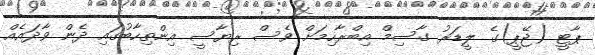
ޕާޓީ (ޖޭޕީ)ގެ ލީޑަރު ގާސިމް އިބްރާހިމަށް ވެސް ރިޔާސީ އިންތިހާބުގައި ދެން ވާދައެއް